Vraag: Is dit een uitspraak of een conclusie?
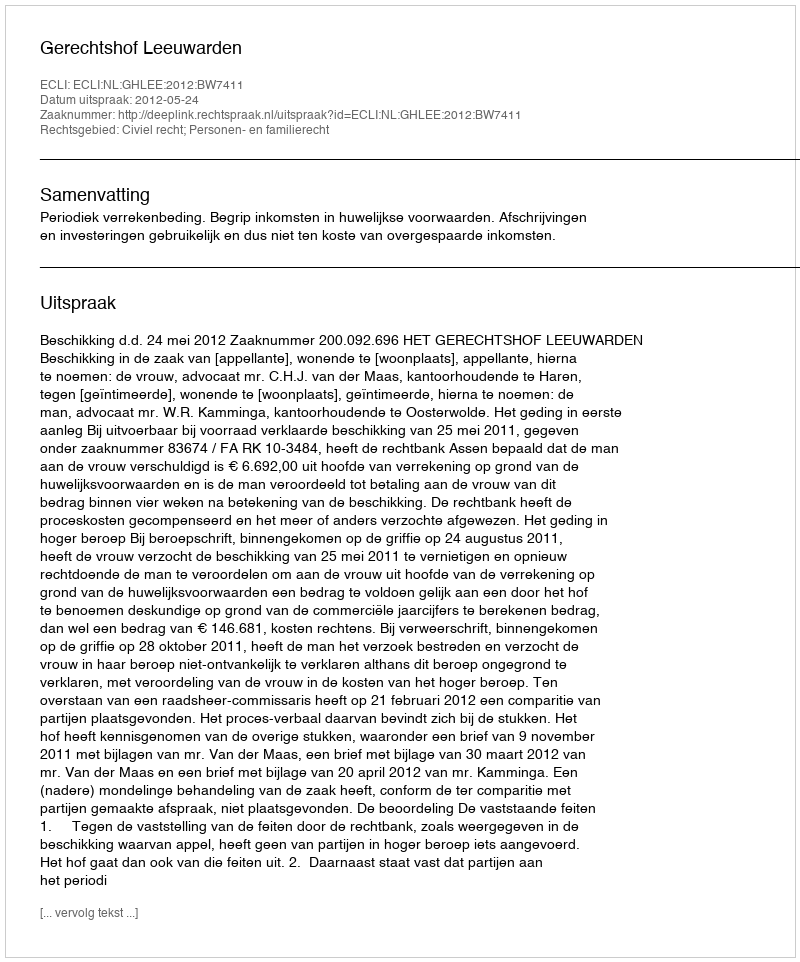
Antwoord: Uitspraak